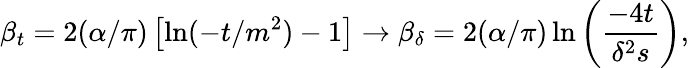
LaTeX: \beta_{t}=2(\alpha/\pi)\left[\ln(-t/m^{2})-1\right]\to\beta_{\delta}=2(\alpha/\pi)\ln\left({\frac{-4t}{\delta^{2}s}}\right),